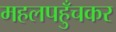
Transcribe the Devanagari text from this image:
महलपहुँचकर